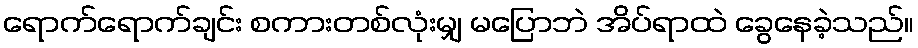
ရောက်ရောက်ချင်း စကားတစ်လုံးမျှ မပြောဘဲ အိပ်ရာထဲ ခွေနေခဲ့သည်။